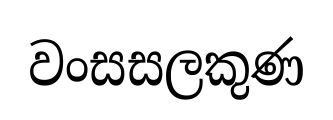
වංසසලකුණ